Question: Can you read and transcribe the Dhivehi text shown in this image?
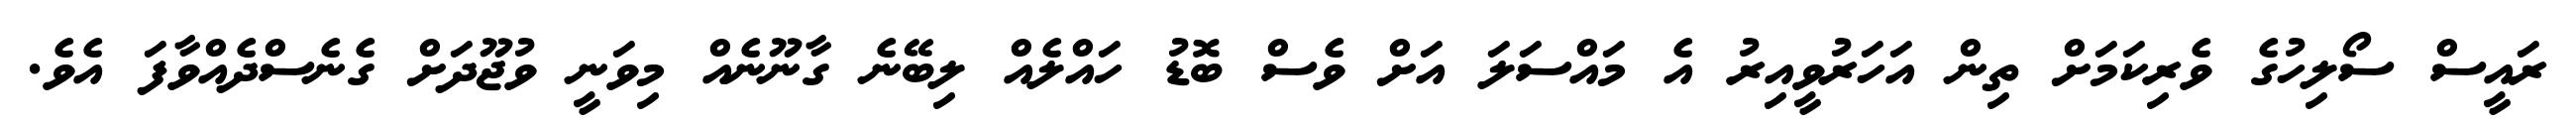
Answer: ރައީސް ސޯލިހުގެ ވެރިކަމަށް ތިން އަހަރުވީއިރު އެ މައްސަލަ އަށް ވެސް ބޮޑު ހައްލެއް ލިބޭނެ ގާނޫނެއް މިވަނީ ވުޖޫދަށް ގެނެސްދެއްވާފަ އެވެ.